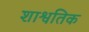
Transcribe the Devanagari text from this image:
शाश्वतिक